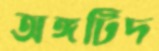
অঙ্গটিদ